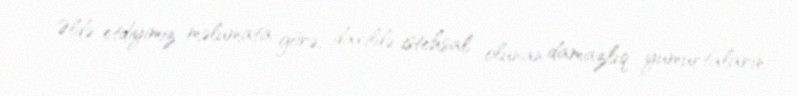
Əldə etdiyimiz məlumata görə, daxildə istehsal olunan damazlıq yumurtaların